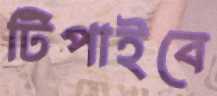
টিপাইবে